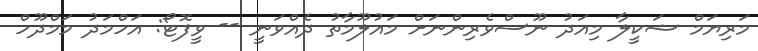
މަރިޔަމް ޝަކީލާ މިއަދު ނޫސްވެރިންނަށް މައުލޫމާތު ދެއްވަނީ -- ވީފޮޓޯ: އަހްމަދު މަމްދޫހް